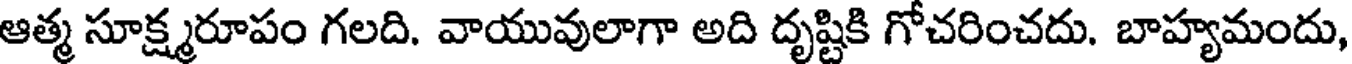
ఆత్మ సూక్ష్మరూపం గలది. వాయువులాగా అది దృష్టికి గోచరించదు. బాహ్యమందు,